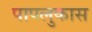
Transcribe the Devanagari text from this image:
पापलुकास